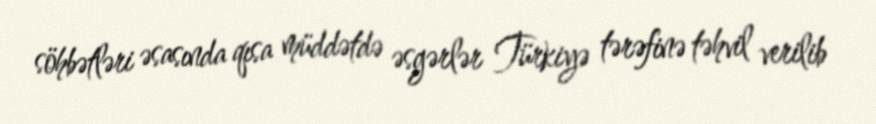
söhbətləri əsasında qısa müddətdə əsgərlər Türkiyə tərəfinə təhvil verilib